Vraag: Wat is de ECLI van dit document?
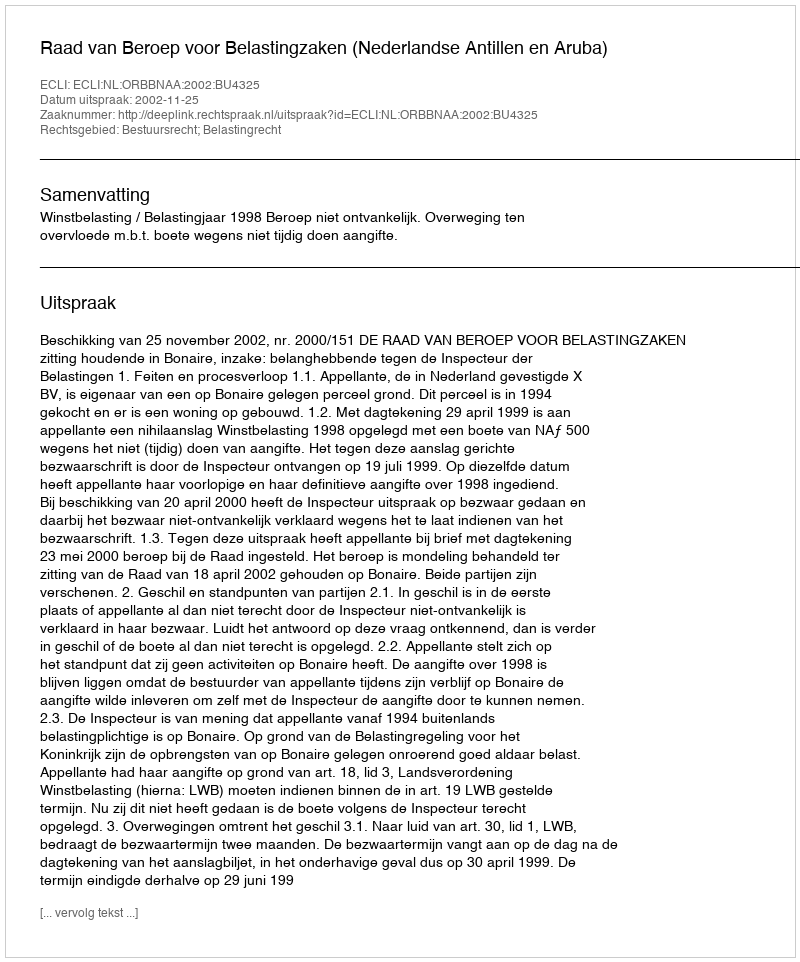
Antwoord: ECLI:NL:ORBBNAA:2002:BU4325